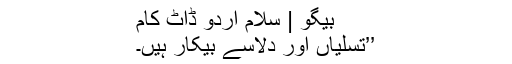
بیگو | سلام اردو ڈاٹ کام
’’تسلیاں اور دلاسے بیکار ہیں۔